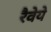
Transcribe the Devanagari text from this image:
रैवेये